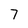
Character: 7